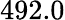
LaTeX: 492.0